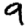
Digit: 9